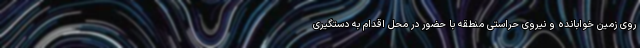
روی زمین خوابانده و نیروی حراستی منطقه با حضور در محل اقدام به دستگیری